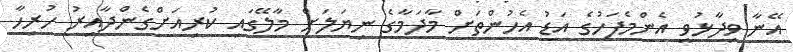
އޭނާ ވިދާޅުވީ އެންމެފަހުގެ އަޑު އެހުންތަށް މާދަމާގެ ނިޔަލަށް މާލޭގައި ކުރިއަށްގެންދާއިރު ހުރިހާ